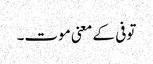
توفی کے معنی موت۔